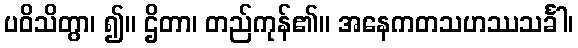
ပဝိသိတွာ၊ ၍။ ဌိတာ၊ တည်ကုန်၏။ အနေကတသဟဿသင်္ခါ၊